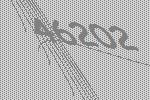
46202